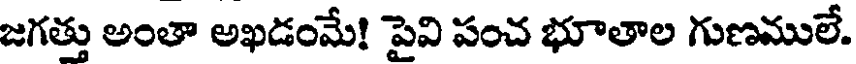
జగత్తు అంతా అఖడంమే! పైవి పంచ భూతాల గుణములే.